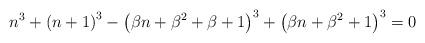
LaTeX: \begin{align*}n^{3}+\left(n+1\right)^{3}-\left(\beta n+\beta^{2}+\beta+1\right)^{3}+\left(\beta n+\beta^{2}+1\right)^{3}=0\end{align*}